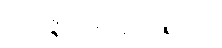
အဝိဇ္ဇာသမောသရဏာ